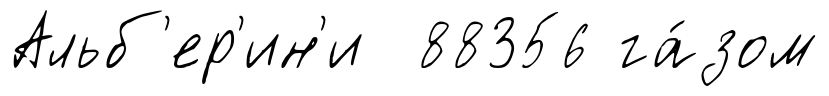
Альб'ер'ин'и 88356 га́зом